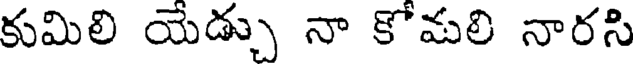
కుమిలి యేడ్చు నా కోమలి నారసి